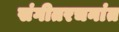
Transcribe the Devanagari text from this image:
संगीतरचनांत